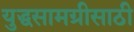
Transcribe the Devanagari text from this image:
युद्धसामग्रीसाठी